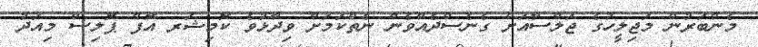
މެންބަރުން މަޖިލީހުގެ ޖަލްސާއަށް ގެނެސްދެއްވެން ނެތްކަމަށް ވިދާޅުވެ ކޮމިޝަރ އޮފް ޕޮލިސް މިއަދު